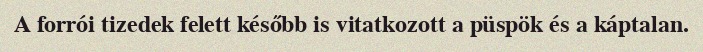
A forrói tizedek felett később is vitatkozott a püspök és a káptalan.